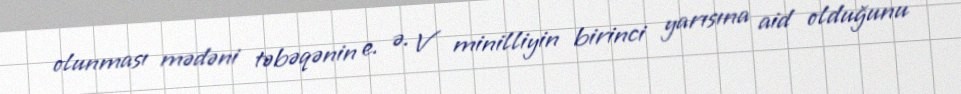
olunması mədəni təbəqənin e. ə. V minilliyin birinci yarısına aid olduğunu